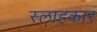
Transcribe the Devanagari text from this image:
स्लाहकार